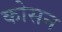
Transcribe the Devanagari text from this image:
कोसन